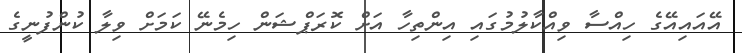
އޭއައިއޭގެ ހިއްސާ ވިއްކާލުމުގައި އިންތިހާ އަށް ކޮރަޕްޝަން ހިމެނޭ ކަމަށް ވިލާ ކުންފުނީގެ